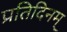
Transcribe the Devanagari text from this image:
प्रतिदिनम्‌